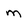
Character: m